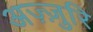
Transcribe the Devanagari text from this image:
अज़्ज़ुरि